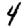
Digit: 4